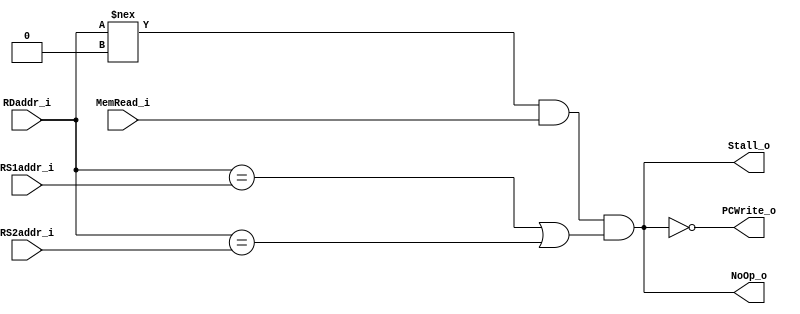
module Hazard_Detection_Unit(
    MemRead_i,
    RDaddr_i,
    RS1addr_i,
    RS2addr_i,
    NoOp_o,
    Stall_o,
    PCWrite_o
);

// Ports
input        MemRead_i;
input  [4:0] RDaddr_i, RS1addr_i, RS2addr_i;
output       NoOp_o, Stall_o, PCWrite_o;

assign tmp       = (RDaddr_i == RS1addr_i) | (RDaddr_i == RS2addr_i);
assign NoOp_o    = (RDaddr_i !== 5'b0) & MemRead_i & tmp;
assign Stall_o   = NoOp_o;
assign PCWrite_o = ~ NoOp_o;
endmodule